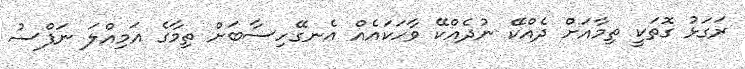
ރަގަޅު ގޮތަކީ ތިމާއަށް ދެއްކޭ ނުދެއްކޭ ވާހަކައެއް އެނގޭހިސާބަށް ތިމާގެ އަމިއްލަ ނަފްސު